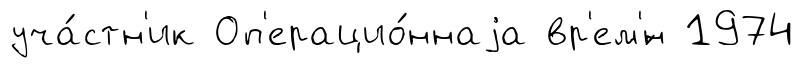
уча́стн'ик Оп'ерацио́ннаjа вр'ем'́н 1974